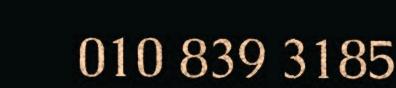
010 839 3185